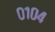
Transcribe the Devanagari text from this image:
०१०४